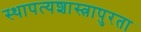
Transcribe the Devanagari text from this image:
स्थापत्यशास्त्रापुरता